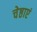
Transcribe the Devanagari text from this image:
चेष्ठाएं